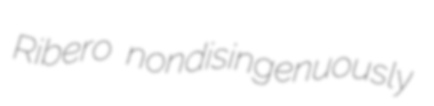
Ribero nondisingenuously